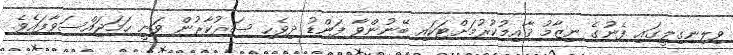
ވިލިނގިލީގައި ފެނުގެ ނިޒާމު ޤާއިމުކުރުމަށްޓަކައި ބޭނުންވާ ފަންޑު ދިވެހި ސަރުކާރުން ވަނީ ހަމަޖައްސަވާފައެވެ.